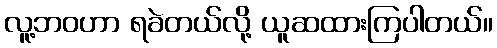
လူ့ဘဝဟာ ရခဲတယ်လို့ ယူဆထားကြပါတယ်။